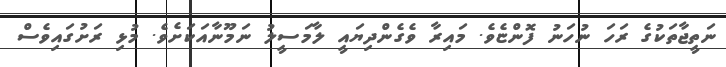
ނަތީޖާތަކުގެ ރަހަ ނުހަނު ފޮންޏެވެ. މައިރާ ވެގެންދިޔައީ ލާމަސީލު ނަމޫނާއަކަށެވެ. މުޅި ރަށުގައިވެސް